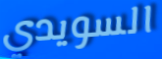
السويدي